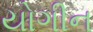
યોગીન